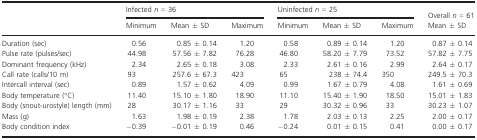
<table><thead><tr><td rowspan="2"></td><td colspan="3"><b>Infected <i>n</i> = 36</b></td><td colspan="3"><b>Uninfected <i>n</i> = 25</b></td><td><b>Overall <i>n</i> = 61</b></td></tr><tr><td><b>Minimum</b></td><td><b>Mean ± SD</b></td><td><b>Maximum</b></td><td><b>Minimum</b></td><td><b>Mean ± SD</b></td><td><b>Maximum</b></td><td><b>Mean ± SD</b></td></tr></thead><tbody><tr><td>Duration (sec)</td><td>0.56</td><td>0.85 ± 0.14</td><td>1.20</td><td>0.58</td><td>0.89 ± 0.14</td><td>1.20</td><td>0.87 ± 0.14</td></tr><tr><td>Pulse rate (pulses/sec)</td><td>44.98</td><td>57.56 ± 7.82</td><td>76.28</td><td>46.80</td><td>58.20 ± 7.79</td><td>73.52</td><td>57.82 ± 7.75</td></tr><tr><td>Dominant frequency (kHz)</td><td>2.34</td><td>2.65 ± 0.18</td><td>3.08</td><td>2.33</td><td>2.61 ± 0.16</td><td>2.99</td><td>2.64 ± 0.17</td></tr><tr><td>Call rate (calls/10 m)</td><td>93</td><td>257.6 ± 67.3</td><td>423</td><td>65</td><td>238 ± 74.4</td><td>350</td><td>249.5 ± 70.3</td></tr><tr><td>Intercall interval (sec)</td><td>0.89</td><td>1.57 ± 0.62</td><td>4.09</td><td>0.99</td><td>1.67 ± 0.79</td><td>4.08</td><td>1.61 ± 0.69</td></tr><tr><td>Body temperature (°C)</td><td>11.40</td><td>15.10 ± 1.80</td><td>18.90</td><td>11.10</td><td>15.40 ± 1.90</td><td>18.50</td><td>15.01 ± 1.83</td></tr><tr><td>Body (snout‐urostyle) length (mm)</td><td>28</td><td>30.17 ± 1.16</td><td>33</td><td>29</td><td>30.32 ± 0.96</td><td>33</td><td>30.23 ± 1.07</td></tr><tr><td>Mass (g)</td><td>1.63</td><td>1.98 ± 0.19</td><td>2.38</td><td>1.78</td><td>2.03 ± 0.13</td><td>2.25</td><td>2.00 ± 0.17</td></tr><tr><td>Body condition index</td><td>−0.39</td><td>−0.01 ± 0.19</td><td>0.46</td><td>−0.24</td><td>0.01 ± 0.15</td><td>0.41</td><td>0.00 ± 0.17</td></tr></tbody></table>